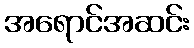
အရောင်အဆင်း